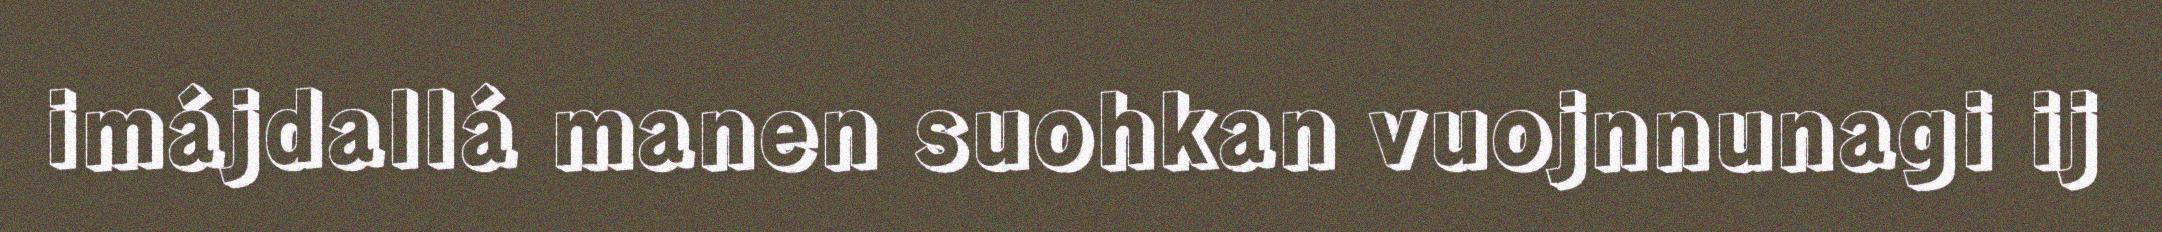
imájdallá manen suohkan vuojnnunagi ij